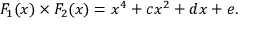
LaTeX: F _ { 1 } ( x ) \times F _ { 2 } ( x ) = x ^ { 4 } + c x ^ { 2 } + d x + e .